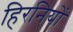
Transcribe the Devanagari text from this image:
हिरनियों